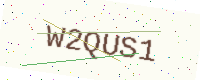
Text: W2QUS1